Investigations into the jail dietaries of the United Provinces with some observations on the influence of dietary on the physical development and well-being of the people of the United Provinces - Number 48
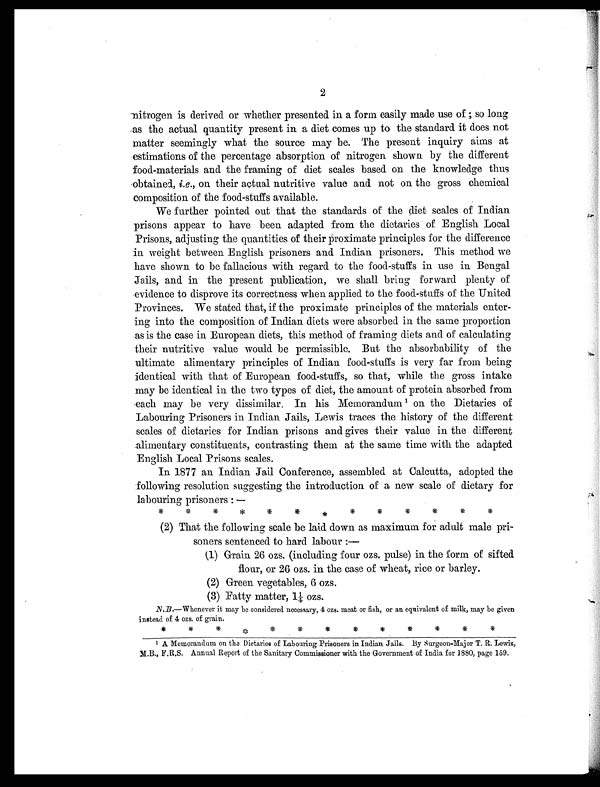
2
nitrogen is derived or whether presented in a form easily made use of ; so long
as the actual quantity present in a diet comes up to the standard it does not
matter seemingly what the source may be. The present inquiry aims at
estimations of the percentage absorption of nitrogen shown by the different
food-materials and the framing of diet scales based on the knowledge thus
obtained, i. e., on their actual nutritive value and not on the gross chemical
composition of the food-stuffs available.
We further pointed out that the standards of the diet scales of Indian
prisons appear to have been adapted from the dietaries of English Local
Prisons, adjusting the quantities of their proximate principles for the difference
in weight between English prisoners and Indian prisoners. This method we
have shown to be fallacious with regard to the food-stuffs in use in Bengal
Jails, and in the present publication, we shall bring forward plenty of
evidence to disprove its correctness when applied to the food-stuffs of the United
Provinces. We stated that, if the proximate principles of the materials enter-
ing into the composition of Indian diets were absorbed in the same proportion
as is the case in European diets, this method of framing diets and of calculating
their nutritive value would be permissible. But the absorbability of the
ultimate alimentary principles of Indian food-stuffs is very far from being
identical with that of European food-stuffs, so that, while the gross intake
may be identical in the two types of diet, the amount of protein absorbed from
each may be very dissimilar, In his Memorandum 1 on the Dietaries of
Labouring Prisoners in Indian Jails, Lewis traces the history of the different
scales of dietaries for Indian prisons and gives their value in the different
alimentary constituents, contrasting them at the same time with the adapted
English Local Prisons scales.
In 1877 an Indian Jail Conference, assembled at Calcutta, adopted the
following resolution suggesting the introduction of a new scale of dietary for
labouring prisoners : —
* * * * * * * * * * * * *
(2) That the following scale be laid down as maximum for adult male pri-
soners sentenced to hard labour :—
(1) Grain 26 ozs. (including four ozs. pulse) in. the form of sifted
flour, or 26 ozs. in the case of wheat, rice or barley.
(2) Green vegetables, 6 ozs.
(3) Fatty matter, 1¼ ozs.
N .B.—Whenever it may be considered necessary, 4 ozs. meat or fish, or an equivalent of milk, may be given
instead of 4 ozs. of grain.
*
* * * * * * * * * * * *
1 A Memorandum on the Dietaries of Labouring Prisoners in Indian Jails. By Surgeon-Major T. R. Lewis,
M.B., F.R.S. Annual Report of the Sanitary Commissioner with the Government of India for 1880, page 159.